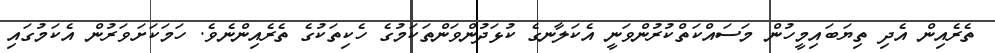
ތެރެއިން އެދި ތިޔަބައިމީހުން މަސައްކަތްކުރުންވަނީ އެކަލާނގެ ކުޅަދުންވަންތަކަމުގެ ހެކިތަކުގެ ތެރެއިންނެވެ. ހަމަކަށަވަރުން އެކަމުގައި